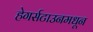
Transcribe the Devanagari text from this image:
हेगर्सटाउनमधून